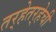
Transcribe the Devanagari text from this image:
तर्‍हेतर्‍हेची